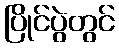
ပြိုင်ပွဲတွင်